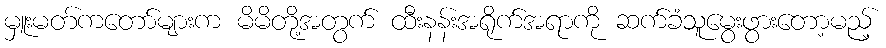
မှူးမတ်ကတော်များက မိမိတို့အတွက် ထီးနန်းအရိုက်အရာကို ဆက်ခံသူမွေးဖွားတော့မည့်